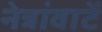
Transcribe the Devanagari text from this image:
नेत्रांवाटें